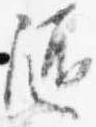
随